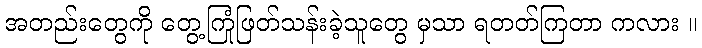
အတည်းတွေကို တွေ့ကြုံဖြတ်သန်းခဲ့သူတွေ မှသာ ရတတ်ကြတာ ကလား ။